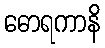
ဓောရကာနိ